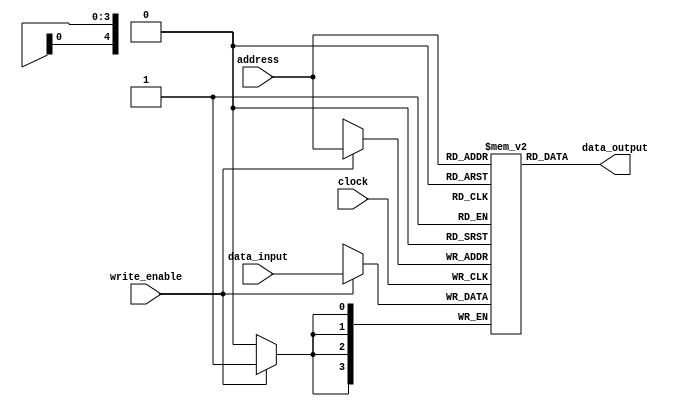
module Register_File (
    input wire [4:0] address,
    input wire [3:0] data_input,
    input wire write_enable,
    input wire clock,
    output wire [3:0] data_output
);

reg [3:0] registers [31:0];

always @(posedge clock) begin
    if (write_enable) begin
        registers[address] <= data_input;
    end
end

assign data_output = registers[address];

endmodule